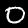
Label: 0